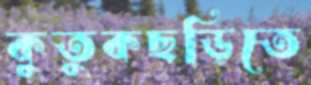
কুতুকছড়িতে